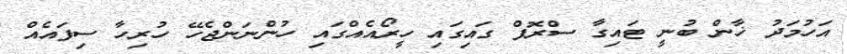
އަހުމަދު ޚާން ބުނީ ޓައިގާ ސްރޮފް ގައިގައި ހީރޯއެއްގައި ހުންނަންޖެހޭ ހުރިހާ ސިފައެއް